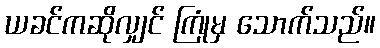
ယခင်ကဆိုလျှင် ကြုံမှ သောက်သည်။